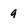
Character: a